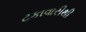
ટકાવારીથી